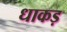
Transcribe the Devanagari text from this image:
धाकड़